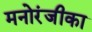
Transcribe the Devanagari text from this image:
मनोरंजीका